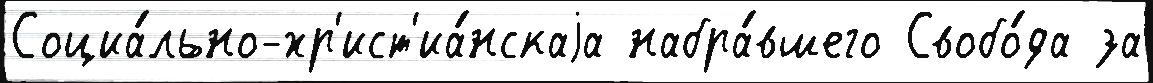
Социа́льно-хр'ист'иа́нскаjа набра́вшего Свобо́да за